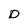
Character: D